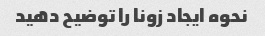
نحوه ایجاد زونا را توضیح دهید